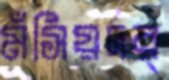
মঁসিয়দর্